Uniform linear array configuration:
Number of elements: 12
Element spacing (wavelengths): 0.5
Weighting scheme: kaiser
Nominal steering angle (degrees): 30
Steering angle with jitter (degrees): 30.437
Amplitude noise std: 0.05
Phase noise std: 0.05

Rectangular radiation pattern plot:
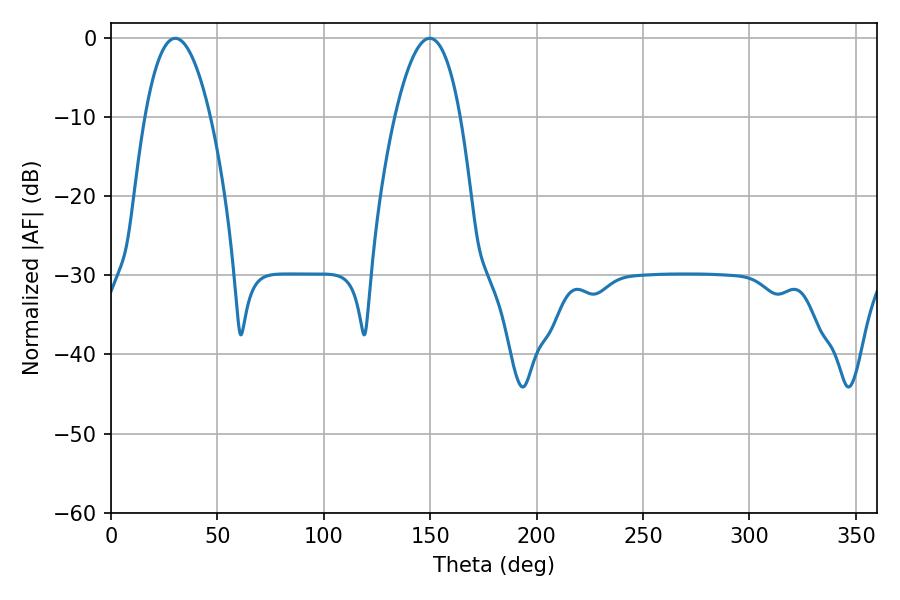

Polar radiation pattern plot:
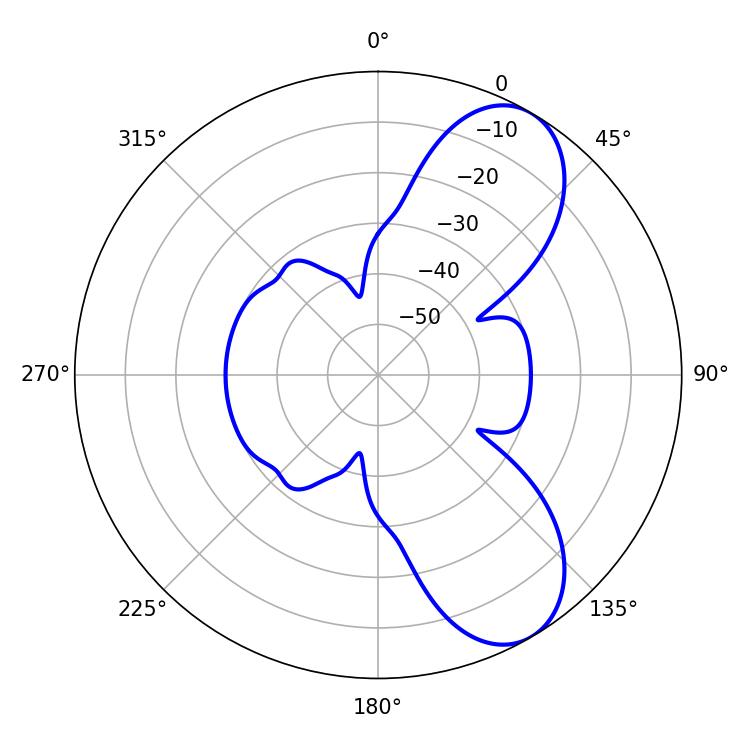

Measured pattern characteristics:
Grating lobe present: FALSE
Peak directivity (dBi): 7.934
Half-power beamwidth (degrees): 16.92
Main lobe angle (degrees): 30.24